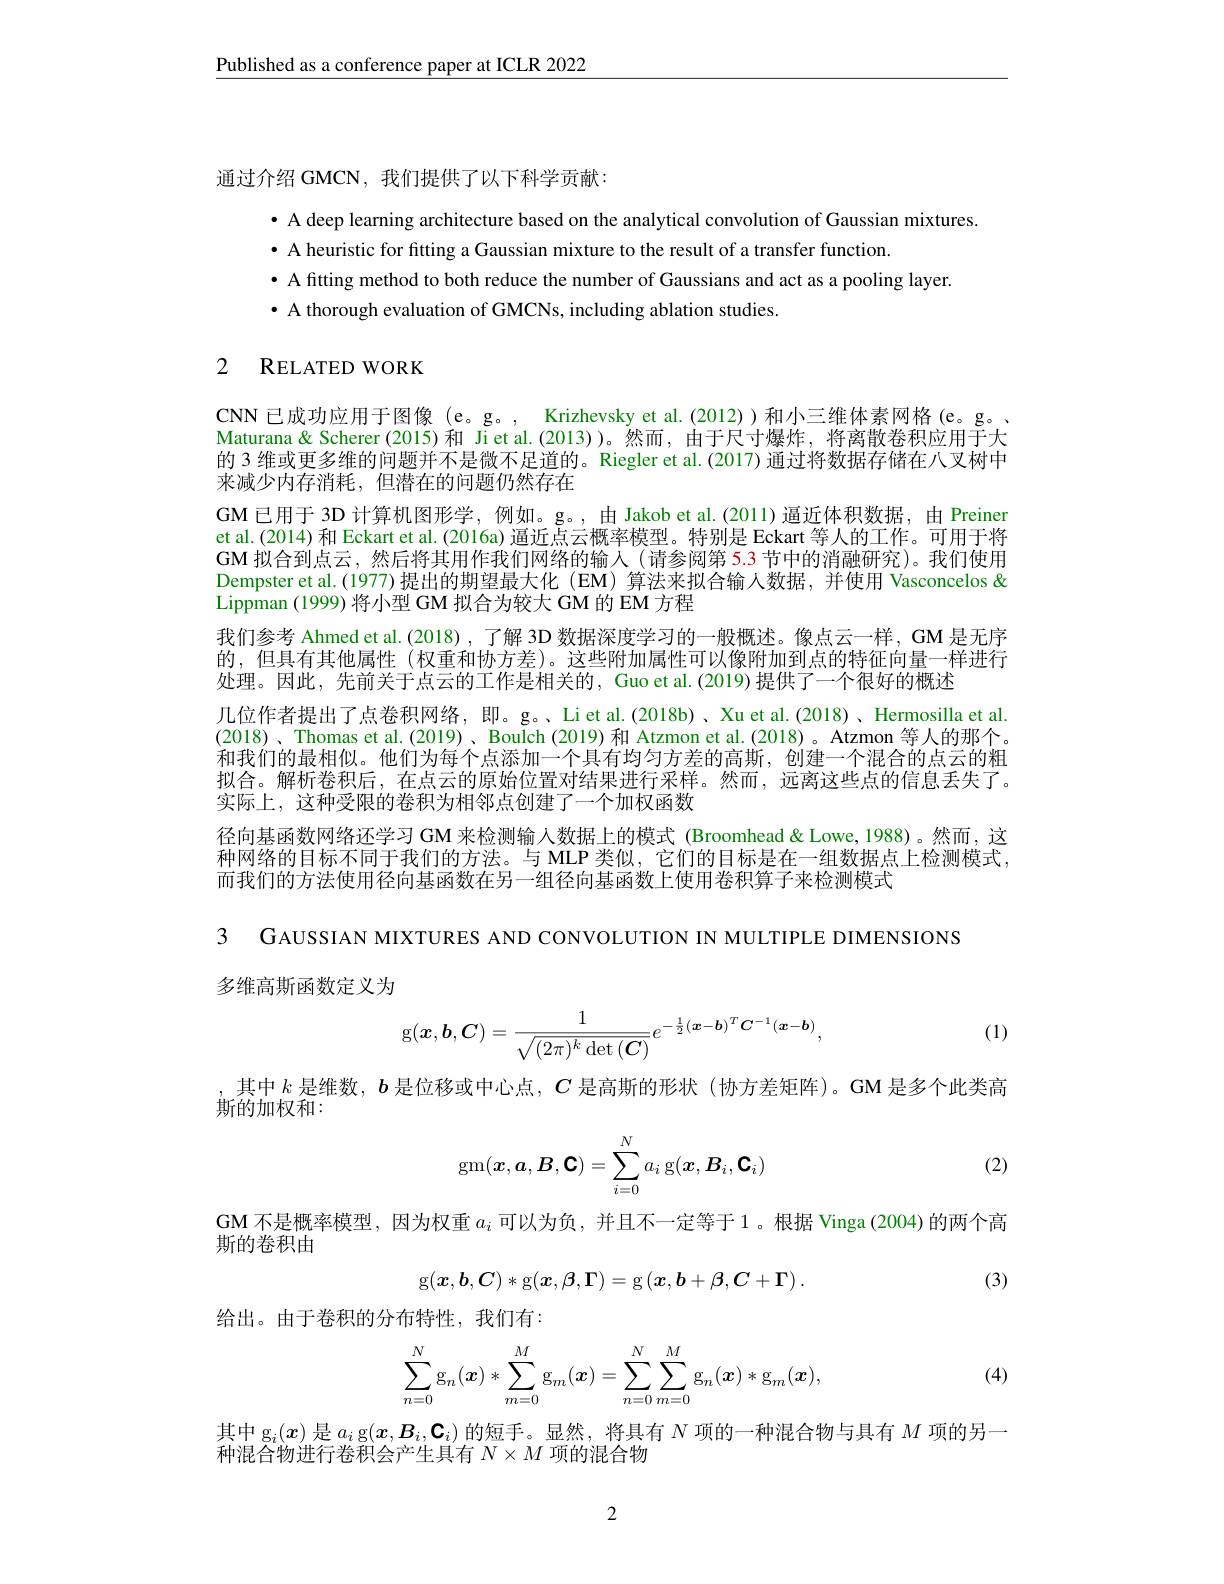
Published as a conference paper at ICLR 2022

通过介绍 GMCN, 我们提供了以下科学贡献：

· A deep learning architecture based on the analytical convolution of Gaussian mixtures
· A heuristic for fitting a Gaussian mixture to the result of a transfer function
· A fitting method to both reduce the number of Gaussians and act as a pooling layer.
$\bullet$ A thorough evaluation of GMCNs, including ablation studies.

### 2 RELATED WORK

CNN 已成功应用于图像 (e。g。, Krizhevsky et al.(2012))和小三维体素网格(e。g。、 Maturana& Scherer (2015)和 Jiet al.(2013))。然而，由于尺寸爆炸，将离散卷积应用于大的 3 维或更多维的问题并不是微不足道的。Riegler et al.(2017) 通过将数据存储在八叉树中来减少内存消耗，但潜在的问题仍然存在
GM 已用于 3D 计算机图形学，例如。g。, 由 Jakob et al.(2011) 逼近体积数据，由 Preiner et al.(2014) 和 Eckart et al. (2016a) 逼近点云概率模型。特别是 Eckart 等人的工作。可用于将GM 拟合到点云，然后将其用作我们网络的输入(请参阅第 5.3 节中的消融研究)。我们使用Dempster et al.(1977)提出的期望最大化 (EM)算法来拟合输人数据，并使用 Vasconcelos & Lippman (1999) 将小型 GM 拟合为较大 GM 的 EM 方程
我们参考 Ahmed et al.(2018), 了解 3D 数据深度学习的一般概述。像点云一样，GM 是无序的，但具有其他属性(权重和协方差)。这些附加属性可以像附加到点的特征向量一样进行处理。因此，先前关于点云的工作是相关的，Guo et al.(2019) 提供了一个很好的概述
几位作者提出了点卷积网络，即。g。、Li et al.(2018b)、Xu et al.(2018)、Hermosilla et al. (2018)、Thomas et al.(2019)、Boulch (2019)和 Atzmon et al.(2018)。Atzmon 等人的那个。和我们的最相似。他们为每个点添加一个具有均匀方差的高斯，创建一个混合的点云的粗拟合。解析卷积后，在点云的原始位置对结果进行采样。然而，远离这些点的信息丢失了。实际上，这种受限的卷积为相邻点创建了一个加权函数
径向基函数网络还学习 GM 来检测输人数据上的模式 (Broomhead&Lowe,1988)。然而，这种网络的目标不同于我们的方法。与 MLP 类似，它们的目标是在一组数据点上检测模式而我们的方法使用径向基函数在另一组径向基函数上使用卷积算子来检测模式

3 GAUSSIAN MIXTURES AND CONVOLUTION IN MULTIPLE DIMENSIONS
多维高斯函数定义为

(1)
$$\mathrm{g}(\boldsymbol{x},\boldsymbol{b},\boldsymbol{C})=\frac{1}{\sqrt{(2\pi)^{k}\det{(\boldsymbol{C})}}}e^{-\frac{1}{2}(\boldsymbol{x}-\boldsymbol{b})^{T}\boldsymbol{C}^{-1}(\boldsymbol{x}-\boldsymbol{b})},$$
,其中$k$是维数，$b$是位移或中心点，$C$是高斯的形状(协方差矩阵)。GM 是多个此类高
斯的加权和：
$$\operatorname{gm}(\boldsymbol{x},\boldsymbol{a},\boldsymbol{B},\boldsymbol{C})=\sum_{i=0}^Na_i\operatorname{g}(\boldsymbol{x},\boldsymbol{B}_i,\boldsymbol{C}_i)$$
(2)

GM 不是概率模型，因为权重$a_i$可以为负，并且不一定等于 1。根据 Vinga (2004) 的两个高
斯的卷积由
(3)
$$\mathrm{g}(\boldsymbol{x},\boldsymbol{b},\boldsymbol{C})*\mathrm{g}(\boldsymbol{x},\boldsymbol{\beta},\boldsymbol{\Gamma})=\mathrm{g}\left(\boldsymbol{x},\boldsymbol{b}+\boldsymbol{\beta},\boldsymbol{C}+\boldsymbol{\Gamma}\right).$$
给出。由于卷积的分布特性，我们有：
$$\sum_{n=0}^N\mathrm{g}_n(\boldsymbol{x})*\sum_{m=0}^M\mathrm{g}_m(\boldsymbol{x})=\sum_{n=0}^N\sum_{m=0}^M\mathrm{g}_n(\boldsymbol{x})*\mathrm{g}_m(\boldsymbol{x}),$$
(4)

其中 g$_i(\boldsymbol{x})$是$a_i$ g$(\boldsymbol{x},\boldsymbol{B}_i,\mathbf{C}_i)$的短手。显然，将具有$N$项的一种混合物与具有$M$项的另一
种混合物进行卷积会产生具有$N\times M$项的混合物

2